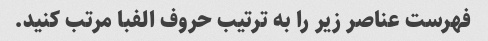
فهرست عناصر زیر را به ترتیب حروف الفبا مرتب کنید.